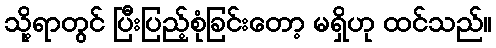
သို့ရာတွင် ပြီးပြည့်စုံခြင်းတော့ မရှိဟု ထင်သည်။